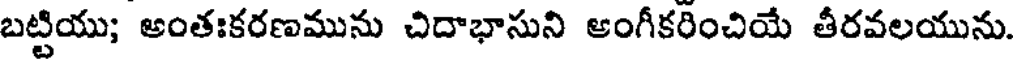
బట్టియు; అంతఃకరణమును చిదాభాసుని అంగీకరించియే తీరవలయును.